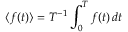
\langle f ( t ) \rangle = T ^ { - 1 } \int _ { 0 } ^ { T } f ( t ) \, d t